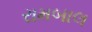
રામબાલ